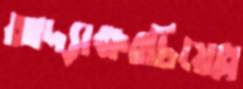
আদ্যাক্ষরচিয়েল্ল